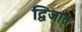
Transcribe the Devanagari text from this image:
द्विजात